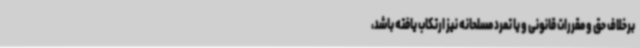
برخلاف حق و مقررات قانونی و یا تمرد مسلحانه نیز ارتکاب یافته باشد،